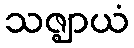
သဇ္ဈာယံ